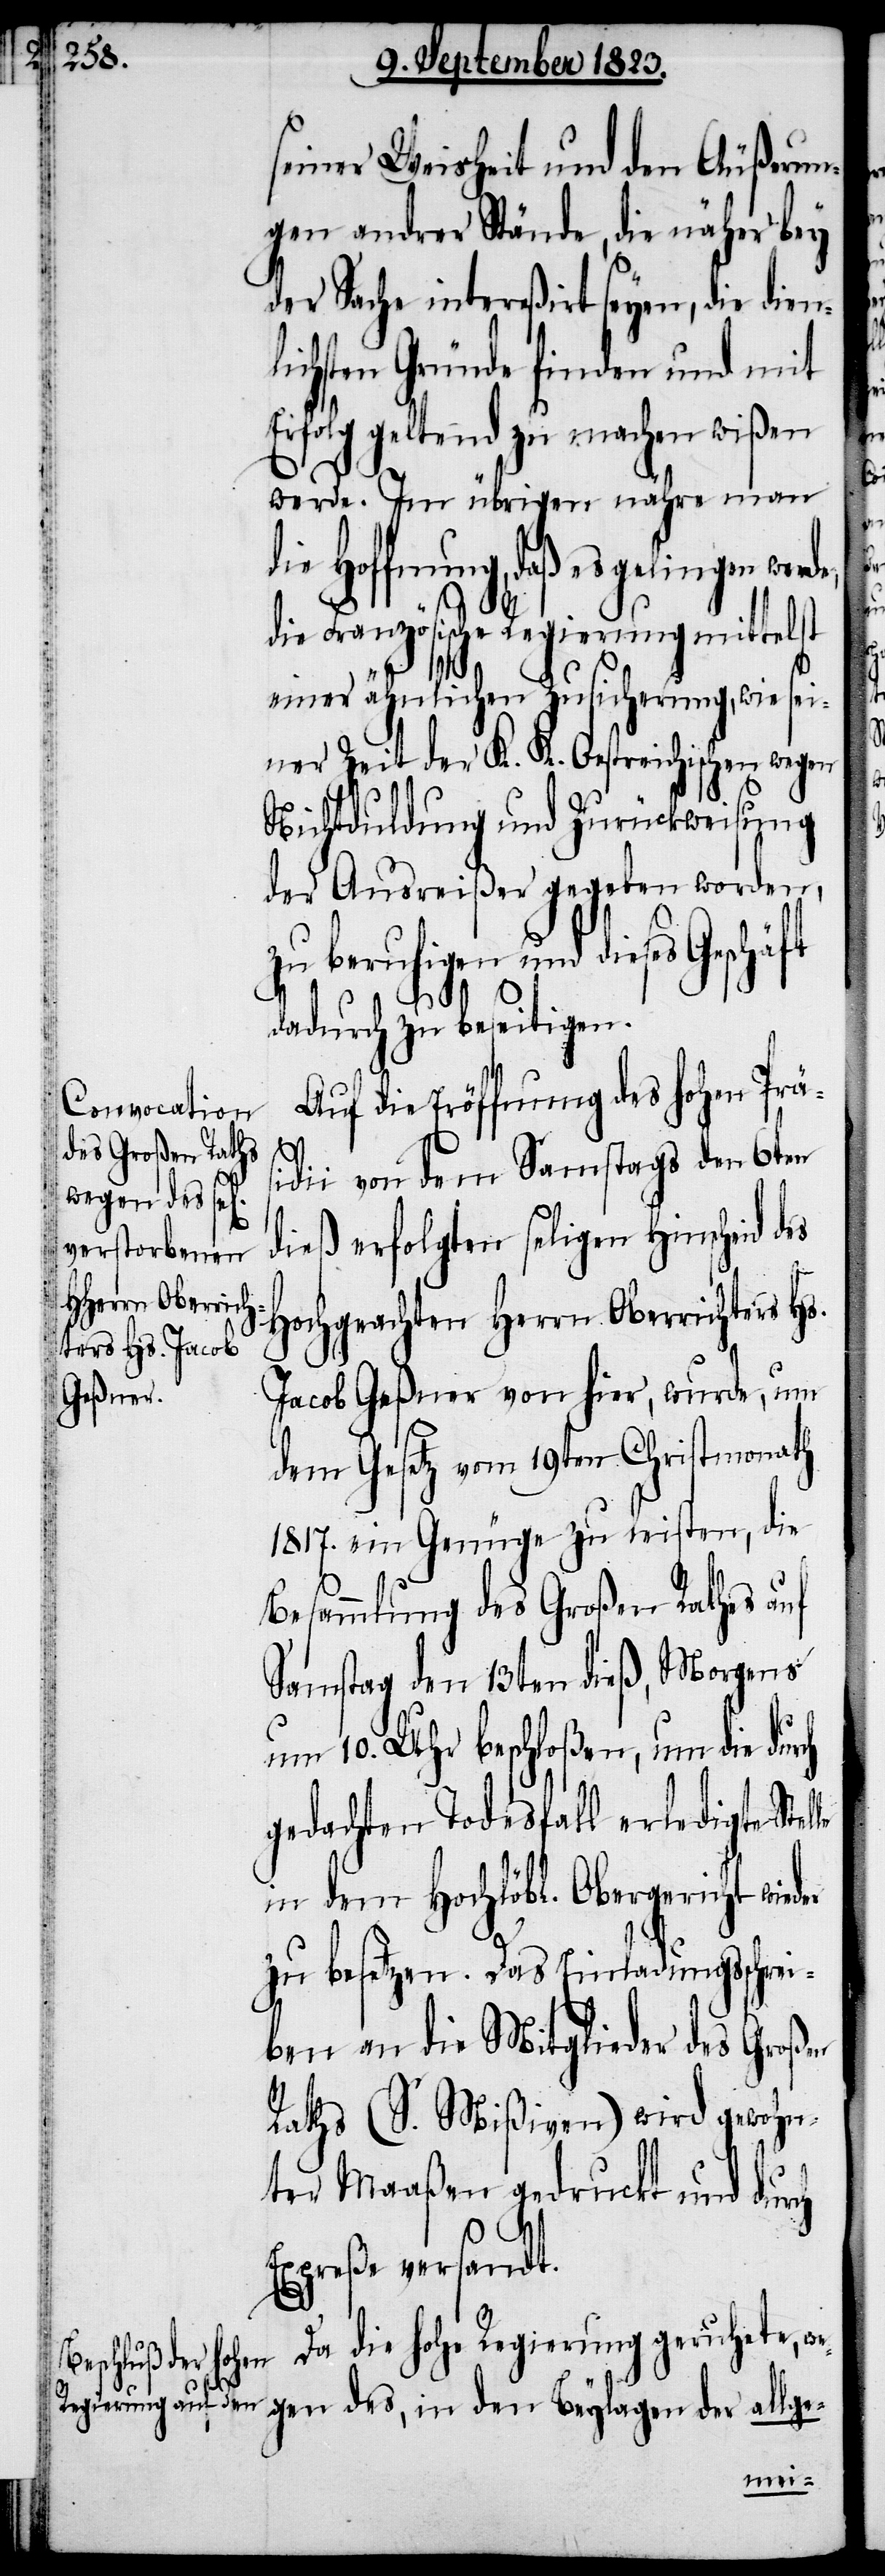
seiner Weisheit und den Äußerun¬
gen andrer Stände, die näher bey
der Sache intereßirt seyen, die dien¬
lichsten Gründe finden und mit
Erfolg geltend zu machen wißen
werde. Im übrigen nähre man
die Hoffnung, daß es gelingen werde,
die Französische Regierung mittelst
einer ähnlichen Zusicherung, wie sei¬
ner Zeit der K. K. Oestreichischen wegen
Nichtduldung und Zurückweisung
der Ausreißer gegeben worden,
zu beruhigen und dieses
dadurch zu beseitigen.
Auf die Eröffnung des hohen Präs¬
le
idii von dem Samstags den 6ten
dieß erfolgten seligen Hinscheid des
Hochgeachten Herrn Oberrichters Hs.
Jacob Geßner von hier, wurde, um
dem Gesetz vom 19ten Christmonath
1817. ein Genüge zu leisten, die
Besammlung des Großen Rathes auf
Samstag den 13ten dieß, Morgens
um 10. Uhr beschloßen, um die durch
gedachten Todesfall erledigte Stel¬
in dem Hochlöbl. Obergericht wied¬
zu besetzen. Das Einladungsschrei¬
ben an die Mitglieder des Großen
Raths (S. Mißiven) wird gewohn¬
ter Maaßen gedruckt und durch
Expreße versandt.
Da die hohe Regierung geruhete, we¬
gen des, in den Beylagen der allge-
er